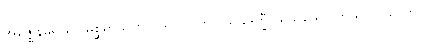
အဇ္ဈေနမရိယာ မစ္ဆရာယတိ ပသုပါလကာ သုခဒုက္ခီ ယသသော ကုသလဿာတိ